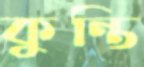
কুন্তি